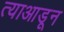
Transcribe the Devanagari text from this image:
त्याआडून